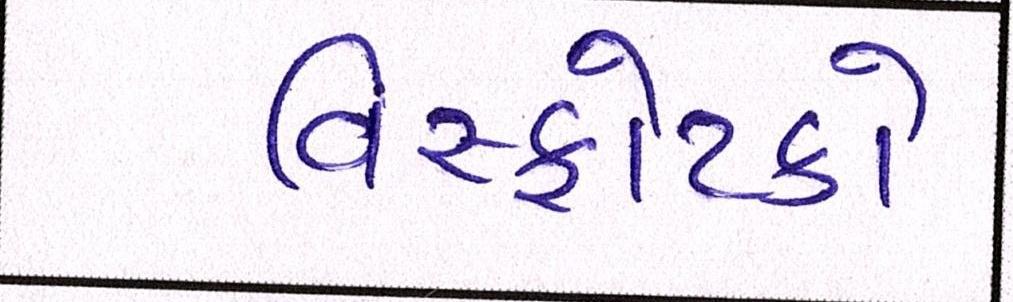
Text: વિસ્ફોટકો